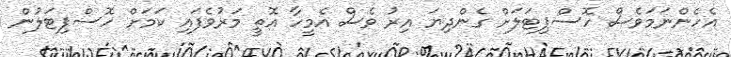
އެހެންނަމަވެސް ހޮސްޕިޓަލަށް ގެންދިޔަ އިރު ވެސް އެމީހާ އޮތީ މަރުވެފައި ކަމަށް ހޮސްޕިޓަލުން